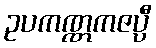
ဥပကဏ္ဏကဇပ္ပီ